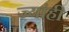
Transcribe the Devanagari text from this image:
ज्यांही